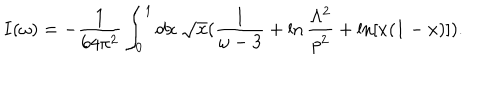
I ( \omega ) = - { \frac { 1 } { 6 4 \pi ^ { 2 } } } \int _ { 0 } ^ { 1 } d x ~ \sqrt { x } ( { \frac { 1 } { \omega - 3 } } + \ln { \frac { \Lambda ^ { 2 } } { p ^ { 2 } } } + \ln [ x ( 1 - x ) ] ) .